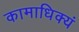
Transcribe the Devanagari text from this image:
कामाधिक्यं